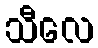
သီလေ